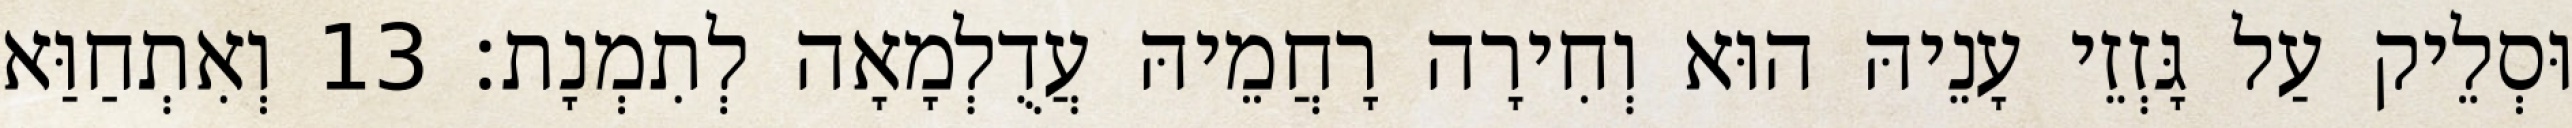
וּסְלֵיק עַל גָּזְזֵי עָנֵיהּ הוּא וְחִירָה רָחֲמֵיהּ עֲדֻלְמָאָה לְתִמְנָת׃ 13 וְאִתְחַוַּא